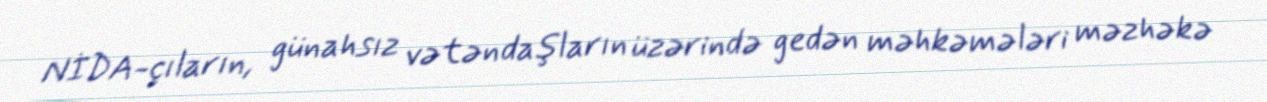
NİDA-çıların, günahsız vətəndaşların üzərində gedən məhkəmələri məzhəkə